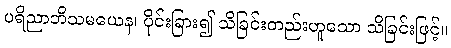
ပရိညာဘိသမယေန၊ ပိုင်းခြား၍ သိခြင်းတည်းဟူသော သိခြင်းဖြင့်။